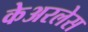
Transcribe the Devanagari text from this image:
केअरलेस